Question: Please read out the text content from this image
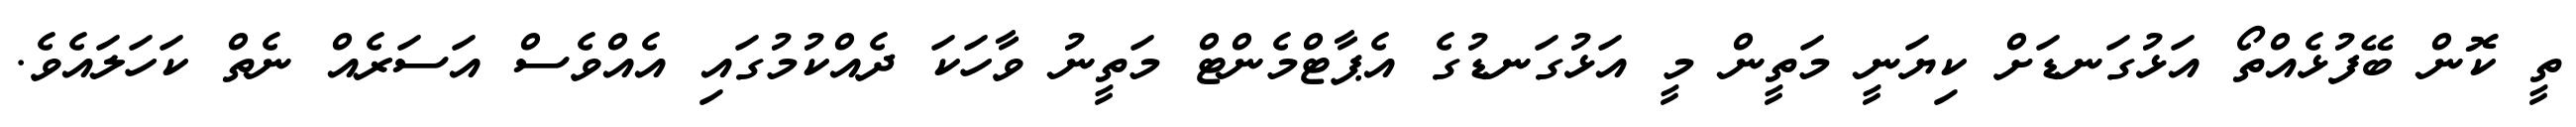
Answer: ތީ ކޮން ބޭފުޅެއްތޯ އަޅުގަނޑަށް ކިޔަނީ މަތީން މީ އަޅުގަނޑުގެ އެޕާޓްމެންޓް މަތީނު ވާހަކަ ދެއްކުމުގައި އެއްވެސް އަސަރެއް ނެތް ކަހަލައެވެ.